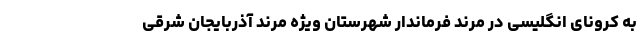
به کرونای انگلیسی در مرند فرماندار شهرستان ویژه مرند آذربایجان شرقی